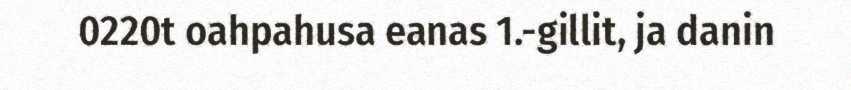
0220t oahpahusa eanas 1.-gillit, ja danin